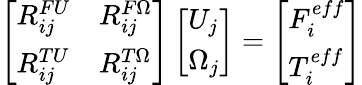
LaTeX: \left[\begin{array}{ll}{R_{ij}^{FU}}&{R_{ij}^{F\Omega}}\\ {R_{ij}^{TU}}&{R_{ij}^{T\Omega}}\end{array}\right]\left[\begin{array}{l}{U_{j}}\\ {\Omega_{j}}\end{array}\right]=\left[\begin{array}{l}{F_{i}^{eff}}\\ {T_{i}^{eff}}\end{array}\right]